Leaving Certificate, 1898
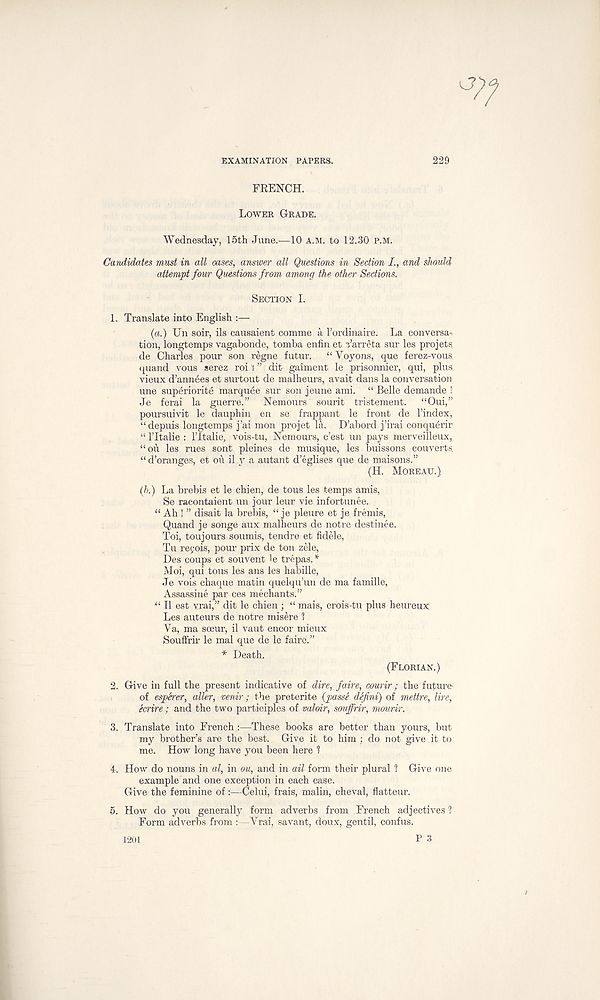
EXAMINATION PAPERS.
229
FRENCH.
LOWER GRADE.
Wednesday, 15th June.—10 A.M. to 12.30 P.M.
Candidates must in all oases, answer all Questions in Section I., and should,
attempt fowr Questions from among the other Sections.
SECTION I.
1.
Translate into English :—
{a.) Un soir, ils causaient comme a I’ordinaire. La conversa-.
tion, longtemps vagabonde, tomba enfin et Tarreta sur les projets
de Charles pour son regne futur.
“ Yoyons, que ferez-vous
quand vous serez roi s ” dit gaiment le prisonnier, qui, plus
vieux d’ann6es et surtout de malheurs, avait dans la conversation
une superiority marquee sur son jeune ami. “ Belle demande !
Je ferai la guerre.” Nemours sourit tristement.
“Oui,”
poursuivit le dauphin en se frappant le front de 1’index,
“depuis longtemps j’ai mon projet la. D’abord j’irai conquerir
“ ITtalie : ITtalie, vois-tu, Nemours, c’est un pays merveilleux,
“ oil les rues sont pleines de musique, les buissons couverts.
“d’oranges, et ou il y a autant d’eglises que de maisons.”
(H. MOREAU.)
(b.) La brebis et le chien, de tous les temps amis,
Se racontaient un jour leur vie infortunee.
“ Ah ! ” disait la brebis, “ je pleure et je fremis,
Quand je songe aux malheurs de notre destinee.
Toi, toujours soumis, tendre et fidele,
Tu reyois, pour prix de ton zele,
Des coups et souvent le trepas. *
Moi, qui tous les ans les habille,
Je vois chaque matin quelqu’un de ma famille,
Assassine par ces mediants.”
“ II est vrai,” dit le chien ; “ mais, crois-tu plus heureux
Les auteurs de notre misere 1
Ya, ma soeur, il vaut encor mieux
Souffrir le mal que de le faire.”
* Death.
(FLORIAN.)
2.
Give in full the present indicative of dire, faire,
of esperer, oiler, venir; the preterite (passe defini) of mettre, lire,
ecrire; and the two participles of valoir, souffrir, mourir.
3. Translate into French :—These books are better than yours, but
my brother’s are the best. Give it to him ; do not give it to
me. How long have you been here 1
4. How do nouns in al, in ou, and in ail form their plural 1 Give one
example and one exception in each case.
Give the feminine of:—Celui, frais, malin, cheval, flatteur.
5.
How do you generally form adverbs from Fr
Form adverbs from :—Vrai, savant, doux, gentil, confus.
P 3
1201